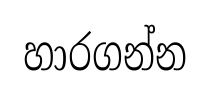
හාරගන්න